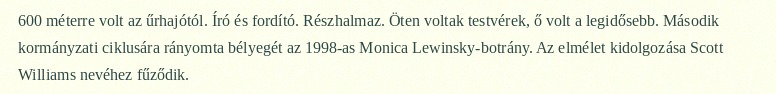
600 méterre volt az űrhajótól. Író és fordító. Részhalmaz. Öten voltak testvérek, ő volt a legidősebb. Második kormányzati ciklusára rányomta bélyegét az 1998-as Monica Lewinsky-botrány. Az elmélet kidolgozása Scott Williams nevéhez fűződik.